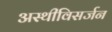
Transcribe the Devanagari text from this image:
अस्थीविसर्जन